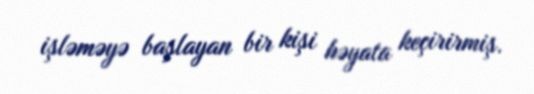
işləməyə başlayan bir kişi həyata keçirirmiş.